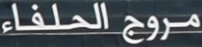
مروجالخلفاء